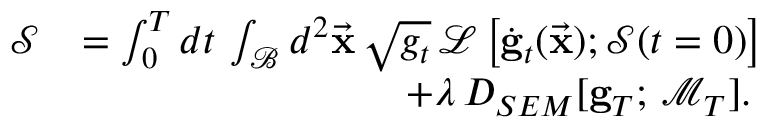
\begin{array} { r l } { \mathcal { S } } & { = \int _ { 0 } ^ { T } d t \, \int _ { \mathcal { B } } d ^ { 2 } \vec { \bf x } \, \sqrt { g _ { t } } \, \mathcal { L } \left[ \dot { \bf g } _ { t } ( \vec { \bf x } ) ; \mathcal { S } ( t = 0 ) \right] } \\ & { \qquad \qquad \qquad \qquad + \lambda \, D _ { S E M } [ { \bf g } _ { T } ; \, \mathcal { M } _ { T } ] . } \end{array}